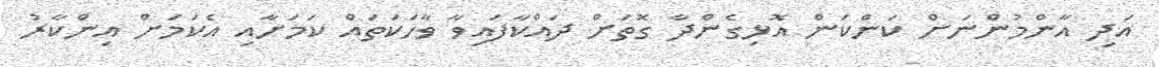
އަދި އާންމުންނަށް ކަންކަން އޮޅިގެންދާ ގޮތަށް ދައްކާފައިވާ ވާހަކަތައް ކަމަށާއި އެކަމަށް އިންކާރު